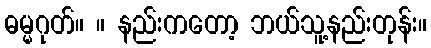
ဓမ္မဂုတ်။ ။ နည်းကတော့ ဘယ်သူ့နည်းတုန်း။